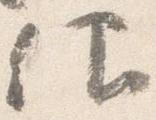
仰